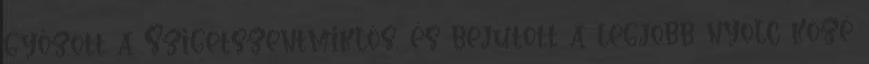
győzött a Szigetszentmiklós, és bejutott a legjobb nyolc közé